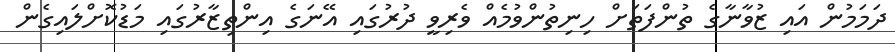
ދަމަމުން އައި ޒުވާނާގެ ތުންފަތަށް ހިނިތުންވުމެއް ވެރިވީ ދުރުގައި އޭނަގެ އިންތިޒާރުގައި މަޑުކޮށްލައިގެން